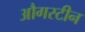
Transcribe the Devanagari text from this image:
औगस्टीन